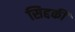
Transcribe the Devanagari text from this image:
सिद्दकी